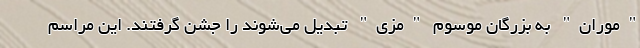
"موران" به بزرگان موسوم "مزی" تبدیل می‌شوند را جشن گرفتند. این مراسم